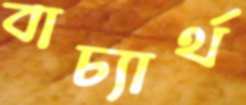
বাচ্যার্থ